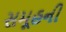
સમૂહની